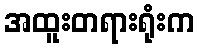
အထူးတရားရုံးက